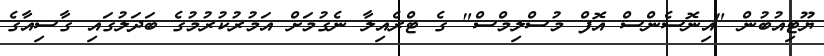
ޔޫޓިއުބުން "އިނޮސެންސް އޮފް މުސްލިމްސް" ގެ ޓްރެއިލާ ނެގުމަށް އަމުރުކުރުމުގެ ބަދަލުގައި ގާސިއާގެ